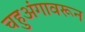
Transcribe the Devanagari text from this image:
चहुअंगावरून